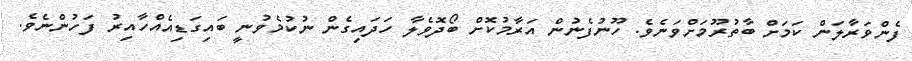
ފެންވަރާލަން ކަމަށް ބާތުރޫމަށްވަނެވެ. ހޫނުފެނުން އަރާމުކޮށް ބޯދޮވެލާ ހަދައިގެން ނުކުމެވުނީ ބައިގަޑިއެއްހާއިރު ފަހުންނެވެ.